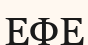
ЕФЕ